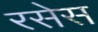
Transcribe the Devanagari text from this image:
रसेस